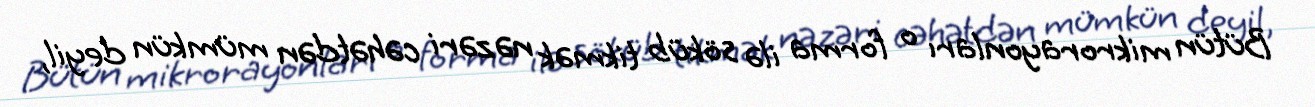
Bütün mikrorayonları o forma ilə söküb tikmək nəzəri cəhətdən mümkün deyil,